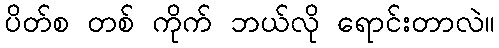
ပိတ်စ တစ် ကိုက် ဘယ်လို ရောင်းတာလဲ။